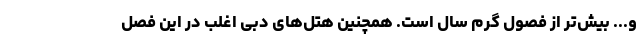
و... بیش‌تر از فصول گرم سال است. همچنین هتل‌های دبی اغلب در این فصل